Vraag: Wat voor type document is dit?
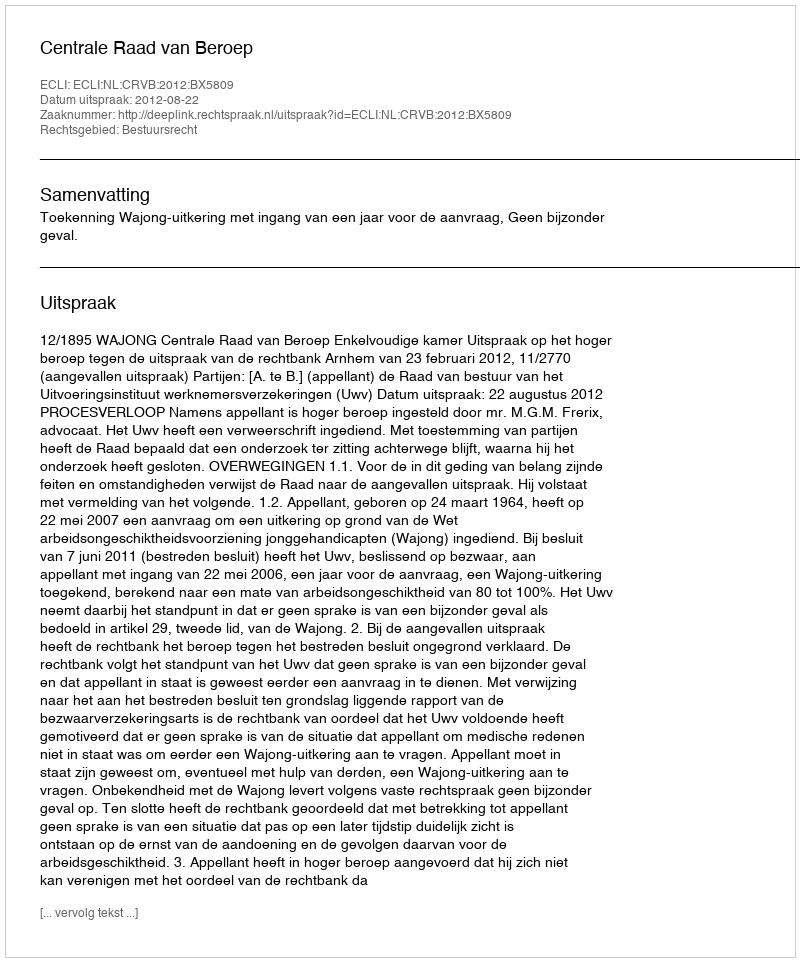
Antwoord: Uitspraak